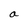
Character: a